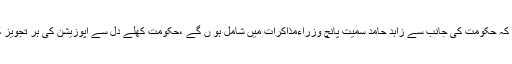
انہوں نے کہا کہ حکومت کی جانب سے زاہد حامد سمیت پانچ وزراءمذاکرات میں شامل ہو ں گے ،حکومت کھلے دل سے اپوزیشن کی ہر تجویز کو سنے گی ۔